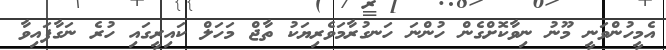
އެމީހުންވަނީ މޫނު ނިވާކޮށްގެން ހުންނަ ހަނގުރާމަވެރިޔަކު ތާޖް މަހަލް ކައިރީގައި ހުރެ ނަގާފައިވާ